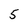
Character: 5